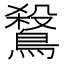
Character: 𪄅